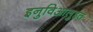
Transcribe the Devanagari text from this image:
इनुविआलुइत